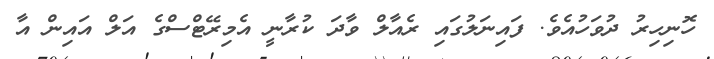
ހޮނިހިރު ދުވަހުއެވެ. ފައިނަލުގައި ރެއާލް ވާދަ ކުރާނީ އެމިރޭޓްސްގެ އަލް އައިން އާ